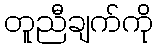
တူညီချက်ကို